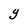
Character: Y